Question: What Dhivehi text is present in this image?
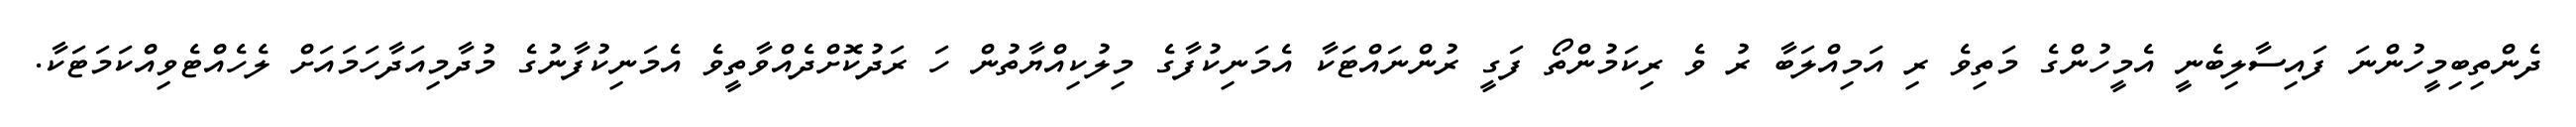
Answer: ދެންތިބިމީހުންނަ ފައިސާލިބެނީ އެމީހުންގެ މަތިވެ ރި އަމިއްލަބާ ރު ވެ ރިކަމުންތޯ ފަގީ ރުންނައްޓަކާ އެމަނިކުފާގެ މިލުކިއްޔާތުން ހަ ރަދުކޮށްދެއްވާތީވެ އެމަނިކުފާނުގެ މުދާމިއަދާހަމައަށް ލެހެއްޓެވިއްކަމަޓަކާ.